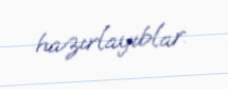
hazırlayıblar.